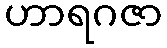
ဟာရဂဇာ